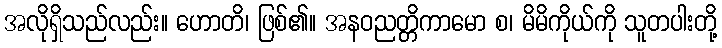
အလိုရှိသည်လည်း။ ဟောတိ၊ ဖြစ်၏။ အနဝညတ္တိကာမော စ၊ မိမိကိုယ်ကို သူတပါးတို့